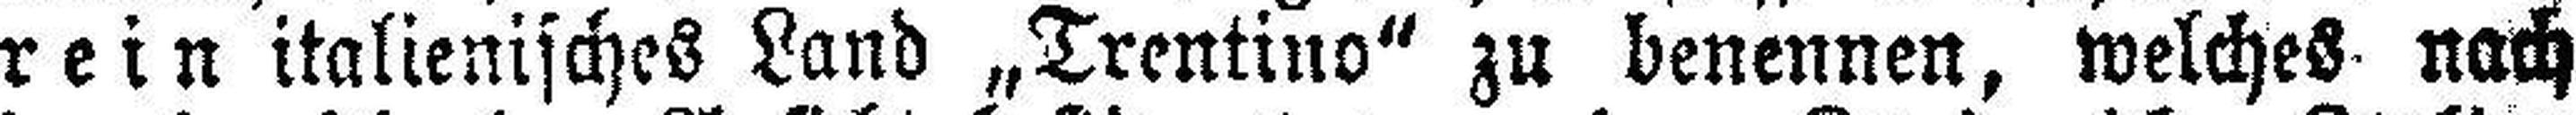
rein italienisches Land „Trentino“ zu benennen, welches nach